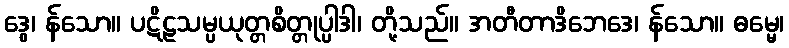
ဒွေ၊ န်သော။ ပဋိဠသမ္ပယုတ္တစိတ္တုပ္ပါဒါ၊ တို့သည်။ အတီတာဒိဘေဒေ၊ န်သော။ ဓမ္မေ၊